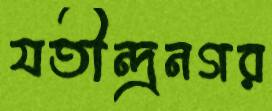
যতীন্দ্রনগর